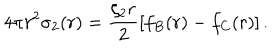
4 \pi r ^ { 2 } \sigma _ { 2 } ( r ) = \frac { \zeta _ { 2 } r } { 2 } \left[ f _ { B } ( r ) - f _ { C } ( r ) \right] .